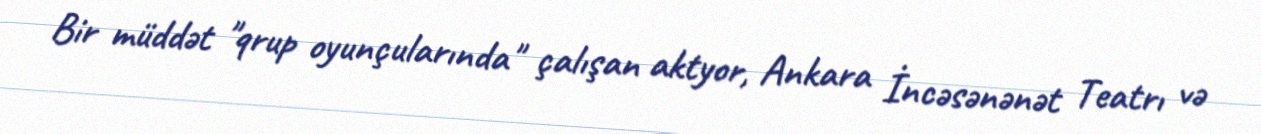
Bir müddət "qrup oyunçularında" çalışan aktyor, Ankara İncəsənənət Teatrı və